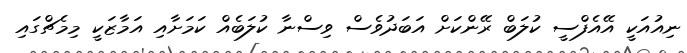
ނިއުއަކީ އޭއެފްސީ ކުލަބް ރޭންކަށް އަބަދުވެސް ވިސްނާ ކުލަބެއް ކަމަށާއި އަމާޒަކީ މިމެޗްގައި